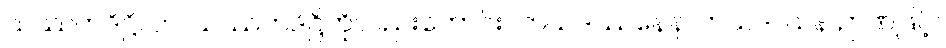
သဿတဒိဋ္ဌိယာ၊ သဿတဒိဋ္ဌိကိုလည်းကောင်း။ ဘယဒဿနေန၊ ဘယဒဿန ဉာဏ်ဖြင့်။